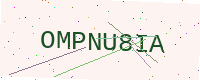
Text: OMPNU8IA